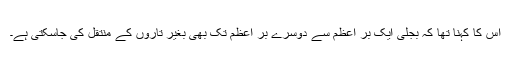
اس کا کہنا تھا کہ بجلی ایک بر اعظم سے دوسرے بر اعظم تک بھی بغیر تاروں کے منتقل کی جاسکتی ہے۔